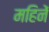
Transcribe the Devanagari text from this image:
महिनें